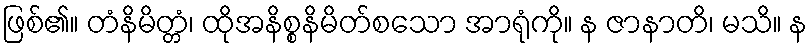
ဖြစ်၏။ တံနိမိတ္တံ၊ ထိုအနိစ္စနိမိတ်စသော အာရုံကို။ န ဇာနာတိ၊ မသိ။ န